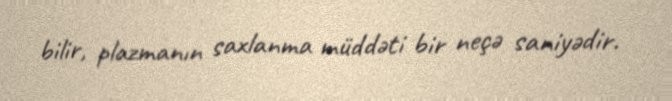
bilir, plazmanın saxlanma müddəti bir neçə saniyədir.